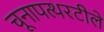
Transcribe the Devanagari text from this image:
चूनापत्थरटीले